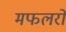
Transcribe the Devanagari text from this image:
मफलरों